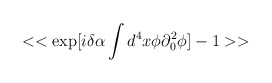
\begin{align*}<<\exp [i\delta \alpha \int d^{4}x\phi \partial ^{2}_{0}\phi ]-1>>\end{align*}